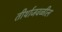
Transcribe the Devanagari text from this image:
तीर्थाजवळील